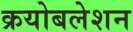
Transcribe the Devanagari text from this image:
क्रयोबलेशन